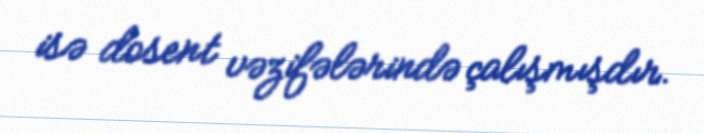
isə dosent vəzifələrində çalışmışdır.